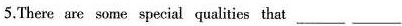
5.There are some special qualities that ___ ___